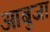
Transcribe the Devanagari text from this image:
आबुजा